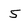
Character: 5